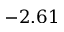
- 2 . 6 1